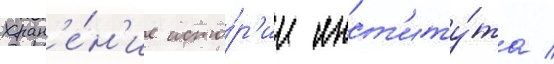
хран'е́н'ие исто́р'ии инст'иту́та /